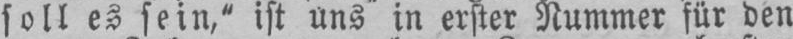
soll es sein,“ ist uns in erster Nummer für den